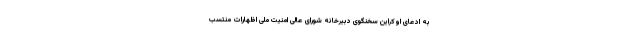
به ادعای اوکراین سخنگوی دبیرخانه شورای عالی امنیت ملی اظهارات منتسب